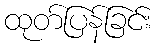
ထုတ်ပြန်ခြင်း